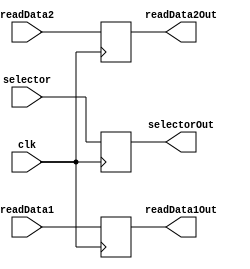
module BF1(
	input clk,
	input [3:0]selector,
	input [31:0]
		readData1,
		readData2,
	output reg [3:0]selectorOut,
	output reg [31:0]
		readData1Out,
		readData2Out	
);

always @(posedge clk)
begin
	selectorOut = selector;
	readData1Out = readData1;
	readData2Out = readData2;
end
endmodule